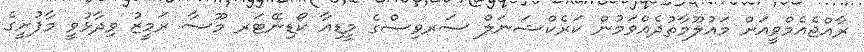
ރާއްޖެއެމްވީއަށް މަައުލޫމާތުދެއްވަމުން ކަރެކްޝަނަލް ސަރވިސްގެ މީޑިއާ ކޯޑިނޭޓަރ މޫސާ ރަމީޒު ވިދާޅުވީ މާފުށީގެ